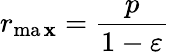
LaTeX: r_{\operatorname*{ma\mathbf{x}}}={\frac{{p}}{{1-\varepsilon}}}